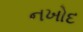
નખોદ